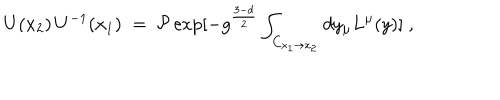
U ( x _ { 2 } ) \, U ^ { - 1 } ( x _ { 1 } ) \; = \; { \cal P } \exp [ - g ^ { \frac { 3 - d } { 2 } } \int _ { C _ { x _ { 1 } \to x _ { 2 } } } d y _ { \mu } L ^ { \mu } ( y ) ] \; ,